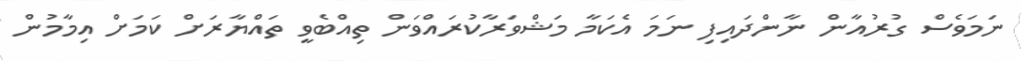
ނަމަވެސް ގުރުއާން ނާންދައިފި ނަމަ އެކަމާ މަޝްވަރާކުރައްވަން ތިއްބެވީ ތައްޔާރަށް ކަމަށް އިމާމުން